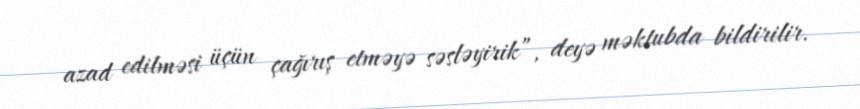
azad edilməsi üçün çağırış etməyə səsləyirik”, deyə məktubda bildirilir.